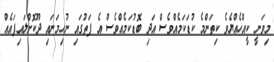
މިވަނީ ކީއްހެއްޔެވެ ކިތަންމެ ކުޑަކަމެއްވެސް އަދި ބޮޑުކަމެއްވެސް އެ ފަތުގައި ނުހިމަނައި ދޫކޮށްލައިފައެއް